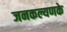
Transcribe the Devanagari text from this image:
जनकल्यणके